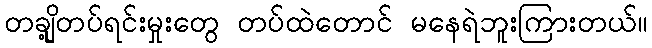
တချို့တပ်ရင်းမှုးတွေ တပ်ထဲတောင် မနေရဲဘူးကြားတယ်။